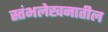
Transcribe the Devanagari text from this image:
स्तंभलेखनातील